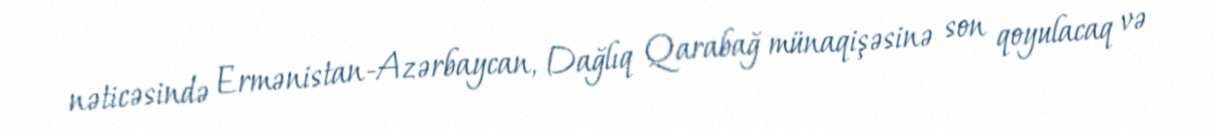
nəticəsində Ermənistan-Azərbaycan, Dağlıq Qarabağ münaqişəsinə son qoyulacaq və